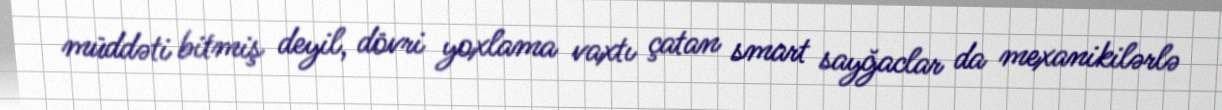
müddəti bitmiş deyil, dövri yoxlama vaxtı çatan smart sayğaclar da mexanikilərlə